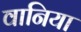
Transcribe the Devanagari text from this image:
वानिया